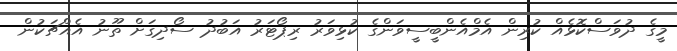
މީގެ ދުވަސްކޮޅެއް ކުރިން އެމްއެންބީސީވަންގެ ކުޅިވަރު ރިޕޯޓަރު އަބުދު ސޯދިގަށް ތޫނު އެއްޗަކުން